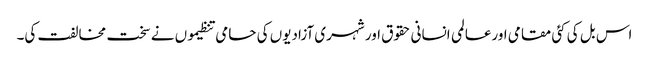
اس بل کی کئی مقامی اورعالمی انسانی حقوق اور شہری آزادیوں کی حامی تنظیموں نے سخت مخالفت کی۔